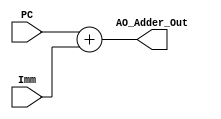
module Addr_Offset_Adder (PC, Imm, AO_Adder_Out);

input [31:0] PC;
input [31:0] Imm;
output reg [31:0] AO_Adder_Out;
	
	always @ (PC or Imm) begin
	
		AO_Adder_Out = PC + Imm;
	
	end
	 
endmodule